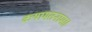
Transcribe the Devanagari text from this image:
कयामतनामा।